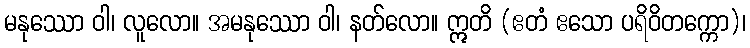
မနုဿော ဝါ၊ လူလော။ အမနုဿော ဝါ၊ နတ်လော။ ဣတိ (ဧတံ ဧသော ပရိဝိတက္ကော)၊